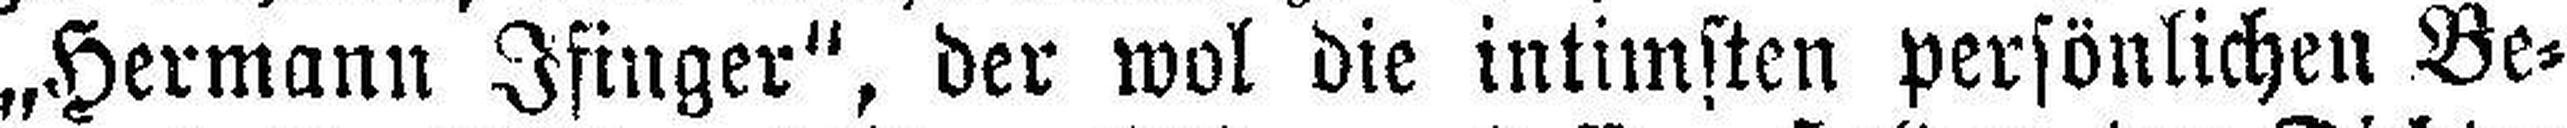
„Hermann Ifinger", der wol die intimsten persönlichen Be¬